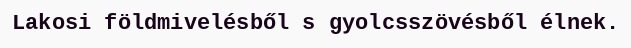
Lakosi földmivelésből s gyolcsszövésből élnek.